Lunatic asylums Central Provinces reports 1910-1926 - 1910-1926
Year: 1910
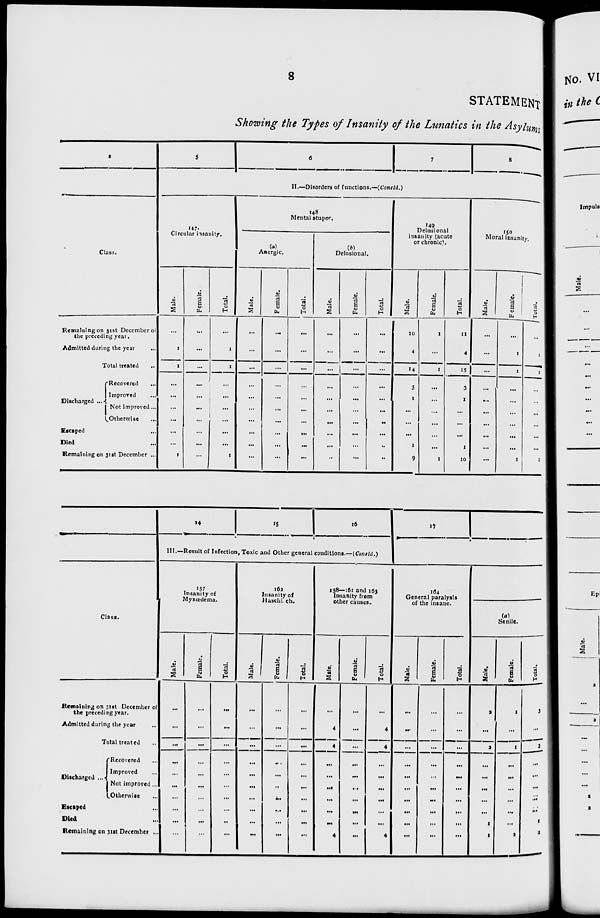
8
STATEMENT
Showing the Types of Insanity of the Lunatics in the Asylums
1
Class.
Remaining on 31st December of
the preceding year.
Admitted during the year ...
Total treated ...
Discharged ...
Recovered ...
Improved ...
Not improved ...
Otherwise ...
Escaped ...
Died ...
Remaining on 31st December ...
5
6
7
8
II.—Disorders of functions.—(Concld.)
147.
Circular insanity.
Male.
...
1
1
...
...
...
...
...
...
1
Female.
...
...
...
...
...
...
...
...
...
...
Total.
...
1
1
...
...
...
...
...
...
1
148
Mental stupor.
(a)
Anergic.
Male.
...
...
...
...
...
...
...
...
...
...
Female.
...
...
...
...
...
...
...
...
...
...
Total.
...
...
...
...
...
...
...
...
...
...
(b)
Deluslonal.
Male.
...
...
...
...
...
...
...
...
...
...
Female.
...
...
...
...
...
...
...
...
...
...
Total.
...
...
...
...
...
...
...
...
...
...
149
Delusional
insanity (acute
or chronic).
Male.
10
4
14
3
1
...
...
...
1
9
Female.
1
...
1
...
...
...
...
...
...
1
Total.
11
4
15
3
1
...
...
...
1
10
150
Moral insanity.
Male.
...
...
...
...
...
...
...
...
...
...
Female.
...
1
1
...
...
...
...
...
...
1
Total.
...
1
1
...
...
...
...
...
...
1
Class.
Remaining on 31st December of
the preceding year.
Admitted during the year ...
Total treated ...
Discharged ...
Recovered ...
Improved ...
Not improved ...
Otherwise
...
Escaped ...
Died ...
Remaining on 31st December ...
14
15
16
III.—Result of Infection, Toxic and Other general conditions.—(Concld.)
157 Insanity of
Myxœdema.
Male.
...
...
...
...
...
...
...
...
...
...
Female.
...
...
...
...
...
...
...
...
...
...
Total.
...
...
...
...
...
...
...
...
...
...
163
Insanity of
Haschich.
Male.
...
...
...
...
...
...
...
...
...
...
Female.
...
...
...
...
...
...
...
...
...
...
Total.
...
...
...
...
...
...
...
...
...
...
158—161 and 163
Insanity from
other causes.
Male.
...
4
4
...
...
...
...
...
...
4
Female.
...
...
...
...
...
...
...
...
...
...
Total.
...
4
4
...
...
...
...
...
...
4
17
164
General paralysis
of the insane.
Male.
...
...
...
...
...
...
...
...
...
...
Female.
...
...
...
...
...
...
...
...
...
...
Total.
...
...
...
...
...
...
...
...
...
...
(a)
Senile.
Male.
2
...
2
...
...
...
...
...
1
1
Female.
1
...
1
...
...
...
...
...
...
1
Total.
3
...
3
...
...
...
...
...
1
2